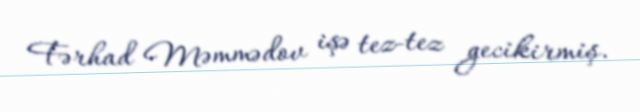
Fərhad Məmmədov işə tez-tez gecikirmiş.